Annual report on the working of the lock hospitals in the North-Western Provinces and Oudh
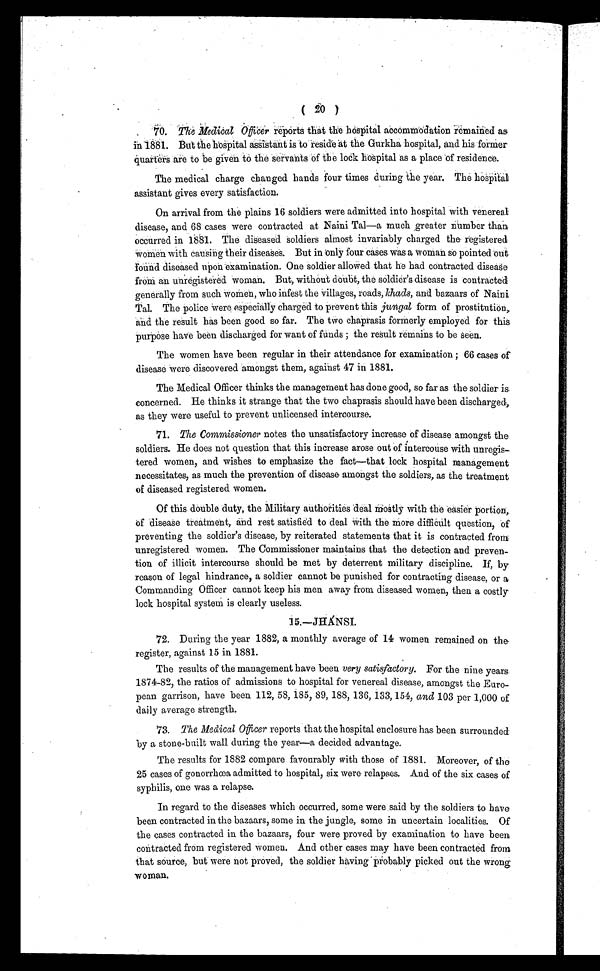
( 20 )
70. The Medical Officer reports that the hospital accommodation remained as
in 1881. But the hospital assistant is to reside at the Gurkha hospital, and his .former
quarters are to be given to the servants of the lock hospital as a place of residence.
The medical charge changed hands four times during the year. The hospital
assistant gives every satisfaction.
On arrival from the plains 16 soldiers were admitted into hospital with venereal
disease, and 68 cases were contracted at Naini Tal—a much greater number than
occurred in 1881. The diseased Soldiers almost i
nvariably charged the registered
women with causing their diseases. But in only four cases was a woman so pointed out
round diseased upon examination. One soldier allowed that he had contracted disease
from an unregistered woman. But, without doubt, the soldier's disease is contracted
generally from such women, who infest the villages, roads, khads, and bazaars of Naini
Tal. The police were especially charged to prevent this jungal form of prostitution,
and the result has been good so far. The two chaprasis formerly employed for this
purpose have been discharged for want of funds ; the result remains to be seen.
The women have been regular in their attendance for examination ; 66 cases of
disease were discovered amongst them, against 47 in 1881.
The Medical Officer thinks the management has done good, so far as the soldier is
concerned. He thinks it strange that the two chaprasis should have been discharged,
as they were useful to prevent unlicensed intercourse.
71. The Commissioner notes the unsatisfactory increase of disease amongst the
soldiers. He does not question that this increase arose out of intercouse with unregis-
tered women, and wishes to emphasize the fact—that lock hospital management
necessitates, as much the prevention of disease amongst the soldiers, as the treatment
of diseased registered women.
Of this double duty, the Military authorities deal mostly with the easier portion,.
of disease treatment, and rest satisfied to deal with the more difficult question, of
preventing the soldier's disease, by reiterated statements that it is contracted from
unregistered women. The Commissioner maintains that the detection and preven-
tion of illicit intercourse should be met by deterrent military discipline. If, by
reason of legal hindrance, a soldier cannot be punished for contracting disease, or a
Commanding Officer cannot keep his men away from diseased women, then a costly
lock hospital system is clearly useless.
1 5 . — J H Á N S I .
72. During the year 1882, a monthly average of 14 women remained on the
register against 15 in 1881.
The results of the management have been very satisfactory. For the nine years
1874-82, the ratios of admissions to hospital for venereal disease, amongst the Euro-
pean garrison, have been 112, 58, 185, 89, 188, 136., 133, 154, and 103 per 1,000 of
daily average strength.
73. The Medical Officer reports that the hospital enclosure has . been surrounded
by a stone-built wall during the year—a decided advantage.
The results for 1882 compare favourably with those of 1881. Moreover, of the
25 cases of gonorrhœa admitted to hospital, six were relapses. And of the six cases of
syphilis, one was a relapse.
In regard to the diseases which occurred, some were said by the soldiers to have
been contracted in the bazaars, some in the jungle, some in uncertain localities. Of
the cases contracted in the bazaars, four were proved by examination to have been
contracted from registered women. And other cases may have been contracted from
that source, but were not proved, the soldier having Probably picked out the wrong
woman.